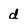
Character: d